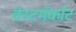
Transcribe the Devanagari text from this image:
वेस्टमॅकॉट